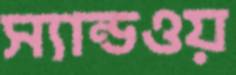
স্যান্ডওয়